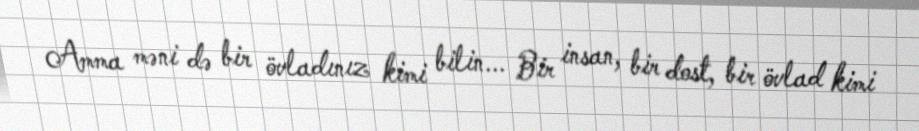
Amma məni də bir övladınız kimi bilin... Bir insan, bir dost, bir övlad kimi